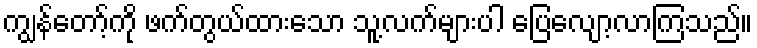
ကျွန်တော့်ကို ဖက်တွယ်ထားသော သူ့လက်များပါ ပြေလျော့လာကြသည်။